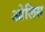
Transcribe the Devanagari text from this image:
ओलिस